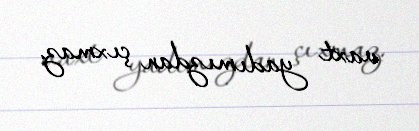
vaxt yadımızdan çıxmaz.